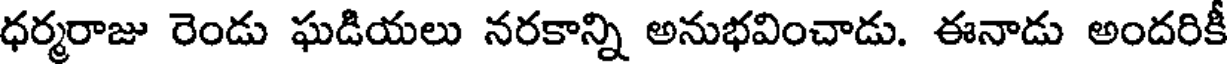
ధర్మరాజు రెండు ఘడియలు నరకాన్ని అనుభవించాడు. ఈనాడు అందరికీ